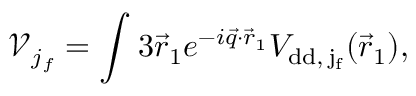
\mathcal { V } _ { j _ { f } } = \int \d ^ { 3 } \vec { r } _ { 1 } e ^ { - i \vec { q } \cdot \vec { r } _ { 1 } } V _ { \mathrm { { d d } , \, j _ { f } } } ( \vec { r } _ { 1 } ) ,